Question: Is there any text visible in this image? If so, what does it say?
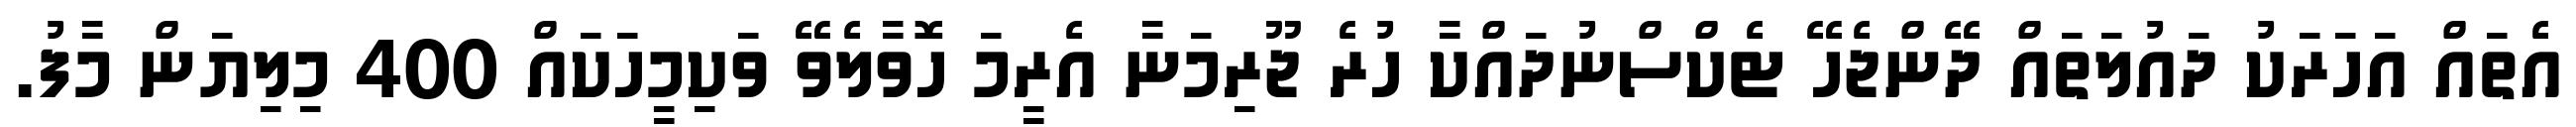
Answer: އެތައް އަހަރަކު ދައުލަތައް ދޭންޖެހޭ ޓެކްސްނުދައްކާ ހުރެ ޖޫރިމަނާ އެރީމަ ހޮވާލެވޭ ވަކިމީހަކައް 400 މިލިޔަން މާފު.